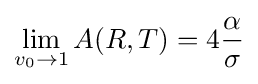
\lim _{v_{0}\to 1}A(R,T)=4{\frac {\alpha }{\sigma }}